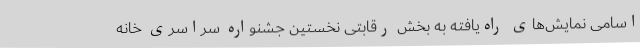
اسامی نمایش‌های راه‌یافته به بخش رقابتی نخستین جشنواره سراسری خانه